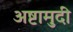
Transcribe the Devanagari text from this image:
अष्टामुदी